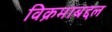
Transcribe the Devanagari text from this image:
विक्रमाबद्दल